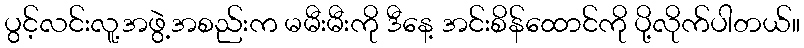
ပွင့်လင်းလူ့အဖွဲ့အစည်းက မမီးမီးကို ဒီနေ့ အင်းစိန်ထောင်ကို ပို့လိုက်ပါတယ်။